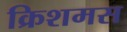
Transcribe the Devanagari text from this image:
क्रिशमस